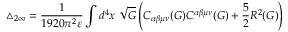
\triangle _ { 2 \infty } = \frac { 1 } { 1 9 2 0 \pi ^ { 2 } \varepsilon } \int d ^ { 4 } x ~ \sqrt { G } \left( C _ { \alpha \beta \mu \nu } ( G ) C ^ { \alpha \beta \mu \nu } ( G ) + \frac { 5 } { 2 } R ^ { 2 } ( G ) \right)